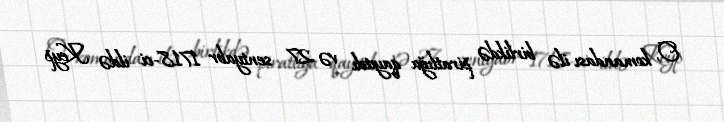
O, komandası ilə birlikdə piratlığa qayıtdı və 27 sentyabr 1718-ci ildə Keyp